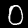
Label: 0